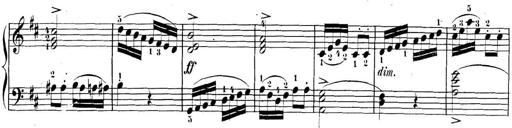
Title: 3 Sonatinen, Op.8
Composer: Isidor Wilhelm Seiss